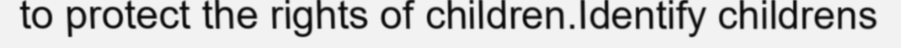
to protect the rights of children.Identify childrens